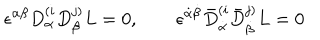
\epsilon ^ { \alpha \beta } D _ { \alpha } ^ { ( i } D _ { \beta } ^ { j ) } L = 0 , \qquad \epsilon ^ { \dot { \alpha } \dot { \beta } } \bar { D } _ { \dot { \alpha } } ^ { ( i } \bar { D } _ { \dot { \beta } } ^ { j ) } L = 0